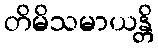
တိမိသမာယန္တိ